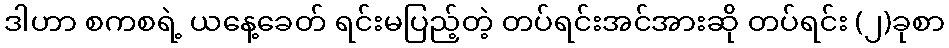
ဒါဟာ စကစရဲ့ ယနေ့ခေတ် ရင်းမပြည့်တဲ့ တပ်ရင်းအင်အားဆို တပ်ရင်း (၂)ခုစာ